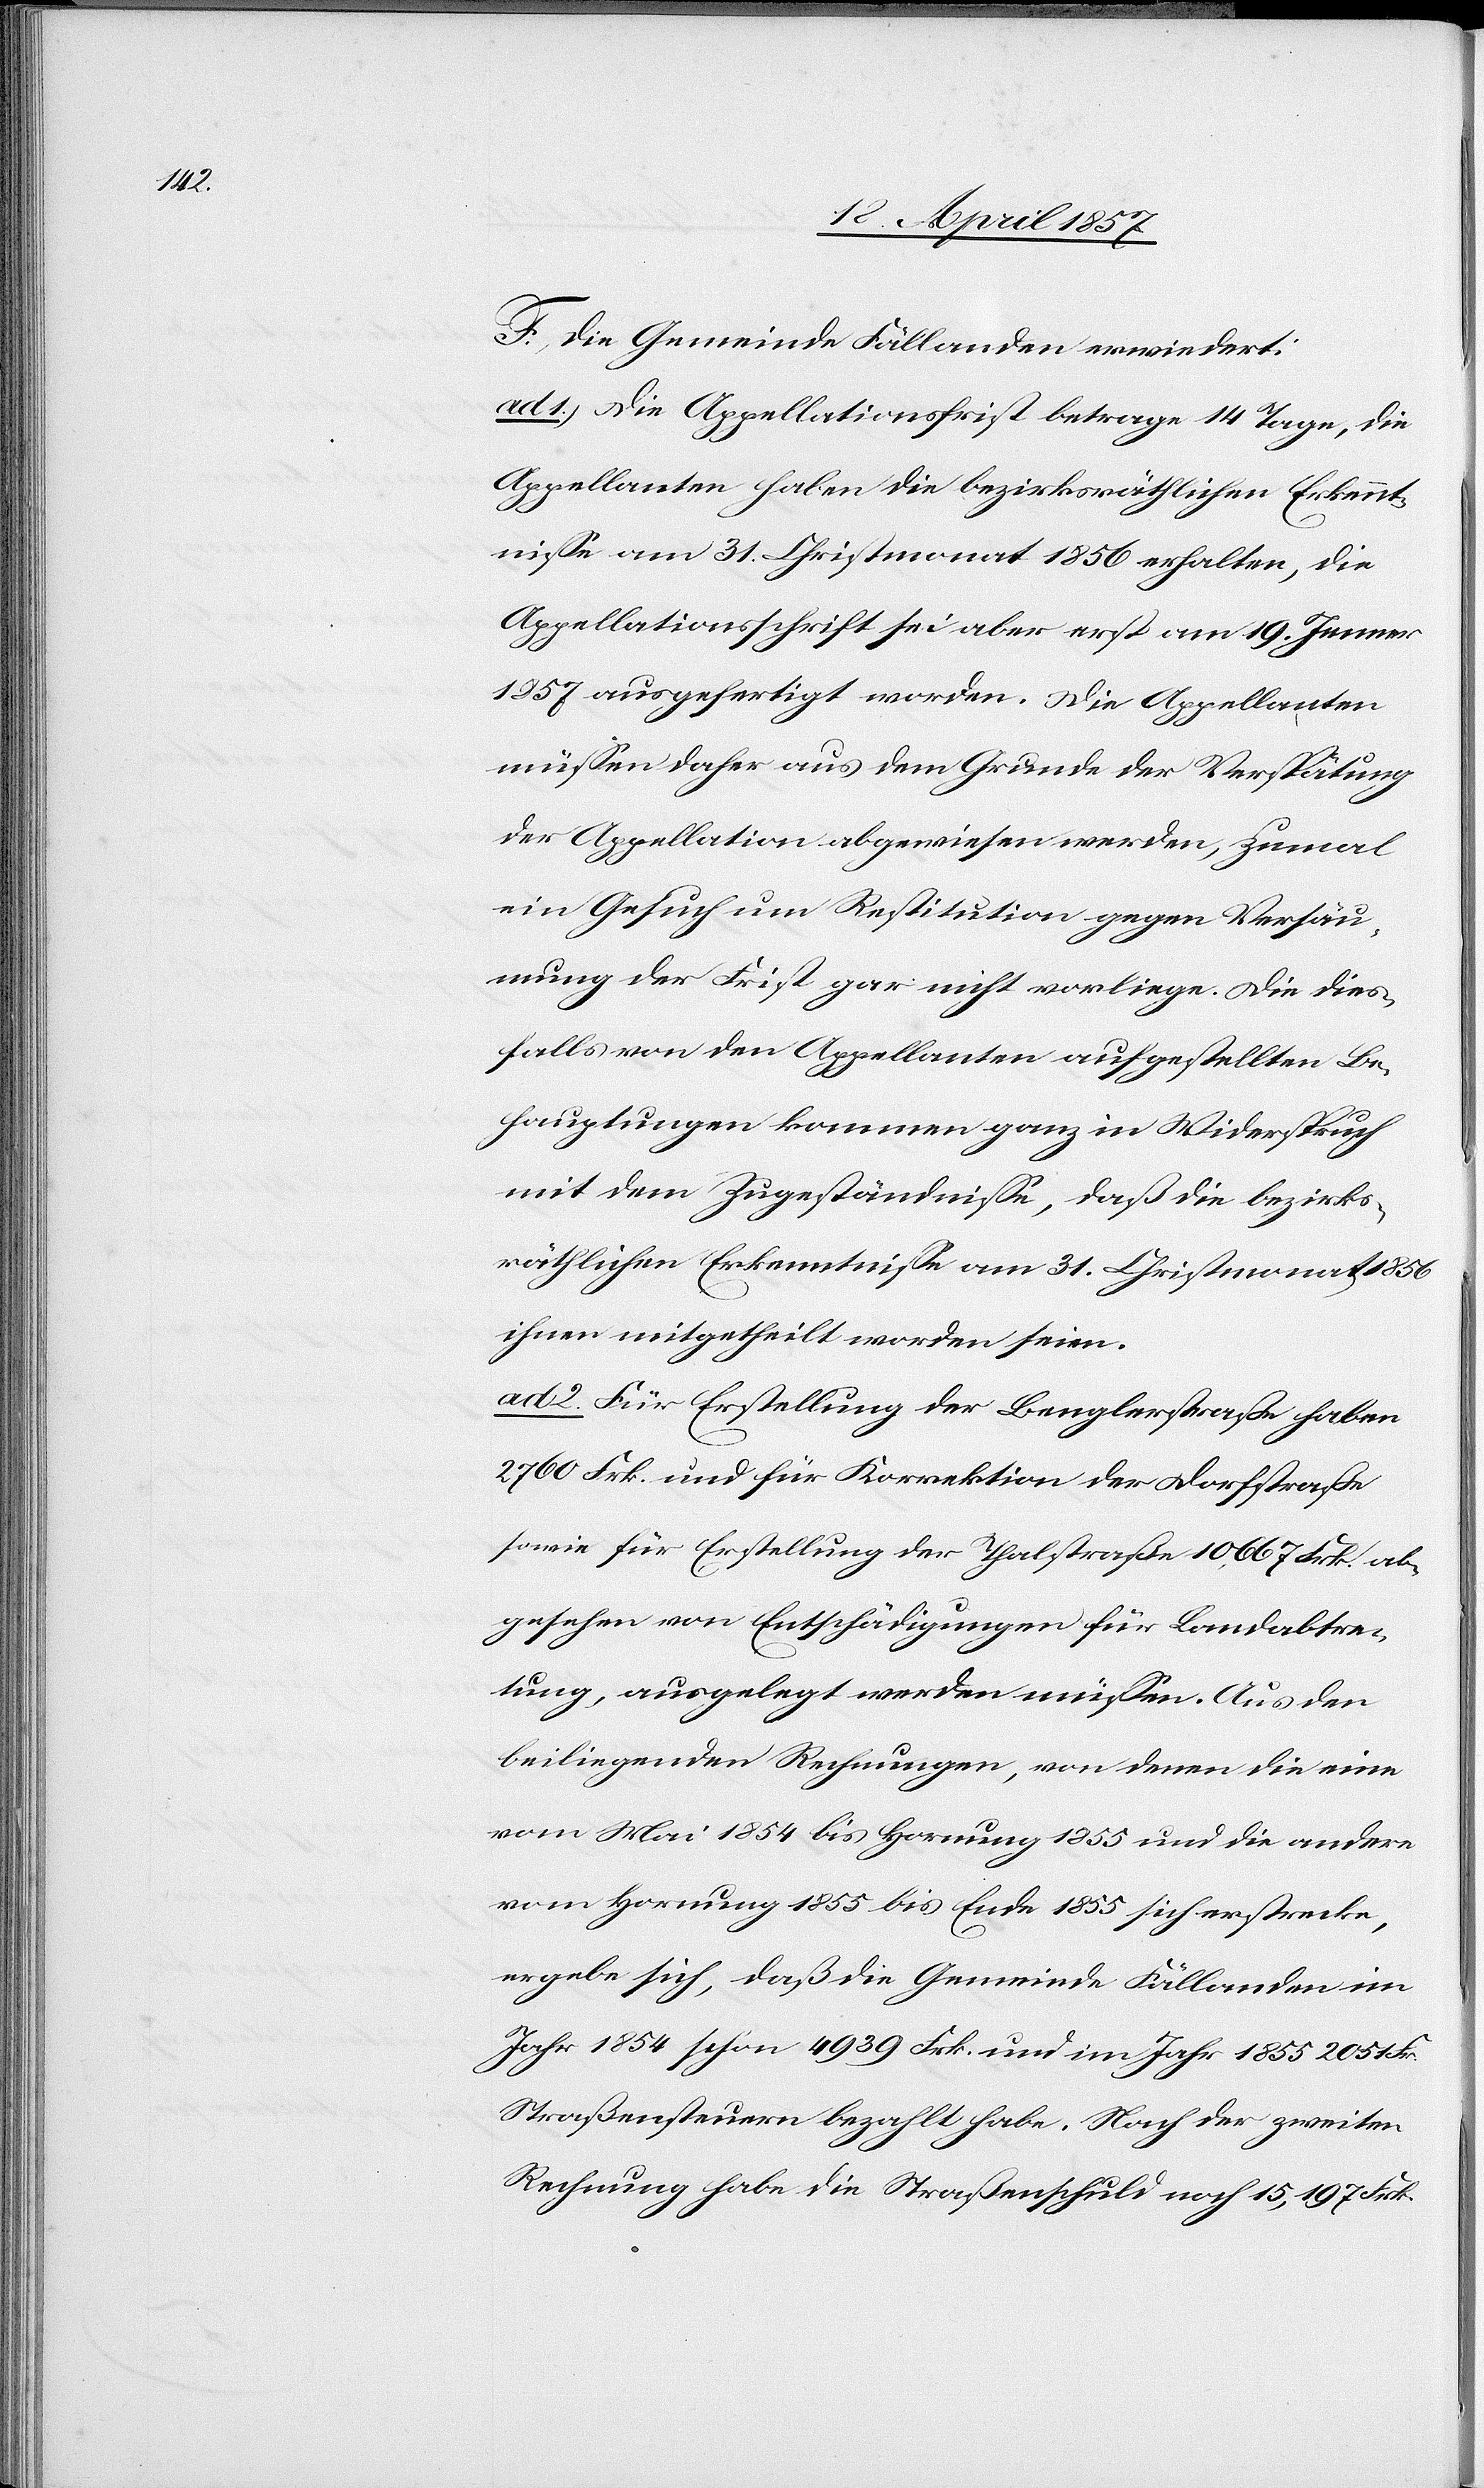
F. Die Gemeinde Fällanden erwiedert:
ad 1. Die Appellationsfrist betrage 14 Tage, die
Appellanten haben die bezirksräthlichen Erkennt¬
nisse am 31. Christmonat 1856 erhalten, die
Appellationsschrift sei aber erst am 19. Jenner
1857 ausgefertigt worden. Die Appellanten
müssen daher aus dem Grunde der Verspätung
der Appellation abgewiesen werden, zumal
ein Gesuch um Restitution gegen Versäu¬
mung der Frist gar nicht vorliege. Die dies¬
falls von den Appellanten aufgestellten Be¬
hauptungen kommen ganz in Widerspruch
mit dem Zugeständnisse, daß die bezirks¬
räthlichen Erkenntnisse am 31. Christmonat 1856
ihnen mitgetheilt worden seien.
ad 2. Für Erstellung der Benglerstraße haben
2760 Frk. und für Korrektion der Dorfstraße
sowie für Erstellung der Thalstraße 10,667 Frk. ab¬
gesehen von Entschädigungen für Landabtre¬
tung, ausgelegt werden müssen. Aus den
beiliegenden Rechnungen, von denen die eine
vom Mai 1854 bis Hornung 1855 und die andere
vom Hornung 1855 bis Ende 1855 sich erstrecke,
ergebe sich, daß die Gemeinde Fällanden im
Jahr 1854 schon 4939 Frk. und im Jahr 1855 2051 Fr.
Straßensteuern bezahlt habe. Nach der zweiten
Rechnung habe die Straßenschuld noch 15,197 Frk.